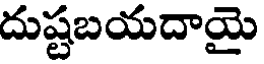
దుష్టబయదాయై